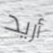
أريد